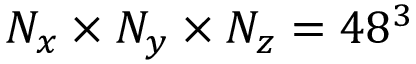
N _ { x } \times N _ { y } \times N _ { z } = 4 8 ^ { 3 }